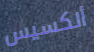
ألكسيس